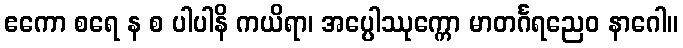
ဧကော စရေ န စ ပါပါနိ ကယိရာ၊ အပ္ပေါဿုက္ကော မာတင်္ဂရညေဝ နာဂေါ။